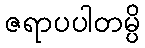
ဇရာပပါတမ္ပိ